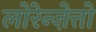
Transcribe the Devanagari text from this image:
लोरेन्ज़ेत्तो